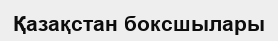
Қазақстан боксшылары